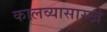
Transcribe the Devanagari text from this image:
कालव्यासारखे